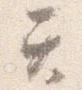
て